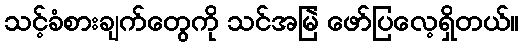
သင့်ခံစားချက်တွေကို သင်အမြဲ ဖော်ပြလေ့ရှိတယ်။